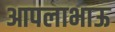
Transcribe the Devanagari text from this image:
आपलाभाऊ